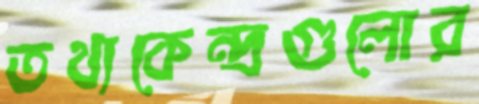
তথ্যকেন্দ্রগুলোর